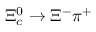
\Xi _ { c } ^ { 0 } \to \Xi ^ { - } \pi ^ { + }